Leaving Certificate Examination, 1922
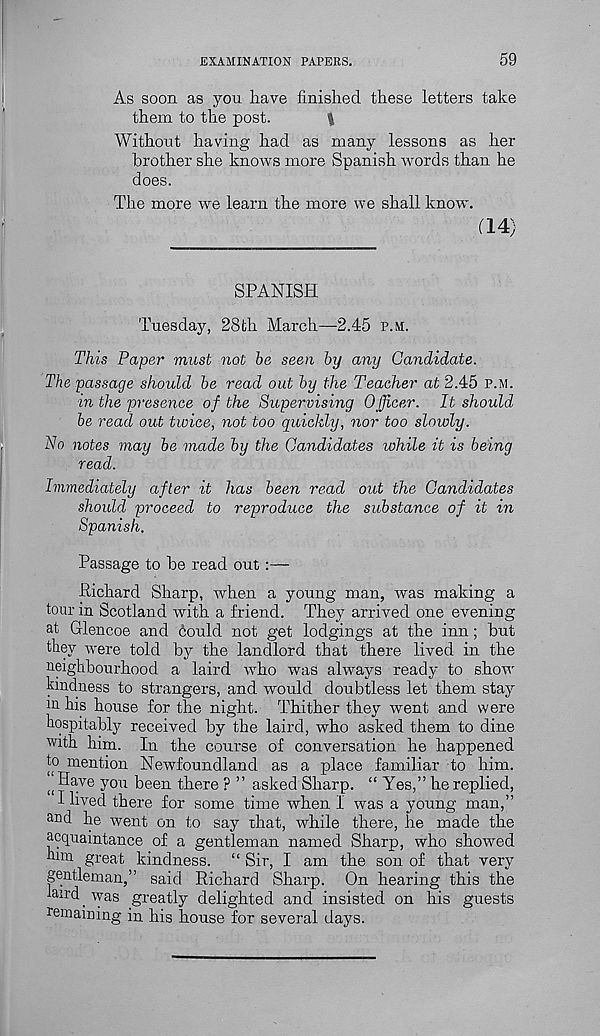
EXAMINATION PAPERS.
59
As soon as you have finished these letters take
them to the post.
|
Without having had as many lessons as her
brother she knows more Spanish words than he
does.
The more we learn the more we shall know'.
(14)
SPANISH
Tuesday, 28th March—-2.45 p.m.
This Paper must not be seen by any Candidate.
The passage should be read out by the Teacher at 2.45 p.m.
in the presence of the Supervising Officer. It should
be read out twice, not too quickly, nor too slowly.
No notes may be made by the Candidates while it is being
read.
Immediately after it has been read out the Candidates
should proceed to reproduce the substance of it in
Spanish.
Passage to he read out:—
Pichard Sharp, when a young man, was making a
tour in Scotland with a friend. They arrived one evening
at Glencoe and 6ould not get lodgings at the inn; hut
they were told by the landlord that there lived in the
neighbourhood a laird who was always ready to show'
hindness to strangers, and would doubtless let them stay
m his house for the night. Thither they went and were
hospitably received by the laird, who asked them to dine
with him. In the course of conversation he happened
to mention Newfoundland as a place familiar to him.
(( Have you been there ? ” asked Sharp. “ Yes,” he replied,
I lived there for some time when I was a young man,”
and he went on to say that, while there, he made the
acquaintance of a gentleman named Sharp, who showed
him great kindness. “ Sir, I am the son of that very
gentleman,” said Richard Sharp. On hearing this the
laird, was greatly delighted and insisted on his guests
remaining in his house for several days.